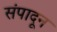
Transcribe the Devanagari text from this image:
संपादून